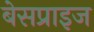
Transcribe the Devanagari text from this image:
बेसप्राइज